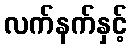
လက်နက်နှင့်